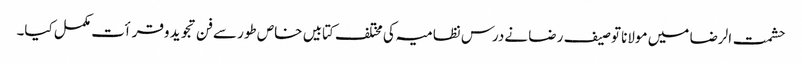
حشمت الرضا میں مولانا توصیف رضا نےدرس نظامیہ کی مختلف کتابیں خاص طور سےفن تجوید وقرأت مکمل کیا۔